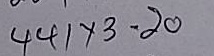
441 x 3 = 20